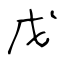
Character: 戊